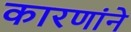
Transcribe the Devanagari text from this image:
कारणांने